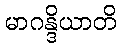
မာဂန္ဒိယာတိ